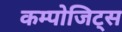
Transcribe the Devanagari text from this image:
कम्पोजिट्स